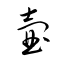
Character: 壷